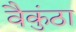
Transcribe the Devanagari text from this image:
वैकुंठा